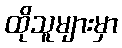
ထိုသူများမှာ